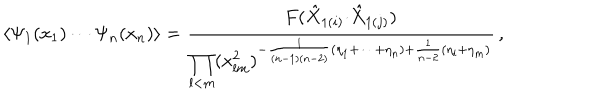
LaTeX: \langle \Psi _ { 1 } ( x _ { 1 } ) \cdots \Psi _ { n } ( x _ { n } ) \rangle = \displaystyle { \frac { F ( \hat { X } _ { 1 ( i ) } { \cdot \hat { X } _ { 1 ( j ) } } ) } { \displaystyle { \prod _ { l < m } ( x _ { l m } ^ { 2 } ) ^ { - \frac { 1 } { ( n - 1 ) ( n - 2 ) } ( \eta _ { 1 } + \cdots + \eta _ { n } ) + \frac { 1 } { n - 2 } ( \eta _ { l } + \eta _ { m } ) } } } } \, ,